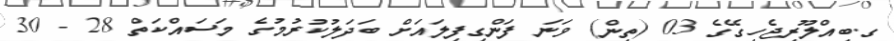
ގ.ބިއްލޫރިޖެހިގޭގެ 03 (ތިން) ވަނަ ފަންގިފިލައަށް ބަދަލުކުރުމުގެ މަސައްކަތް 28 - 30